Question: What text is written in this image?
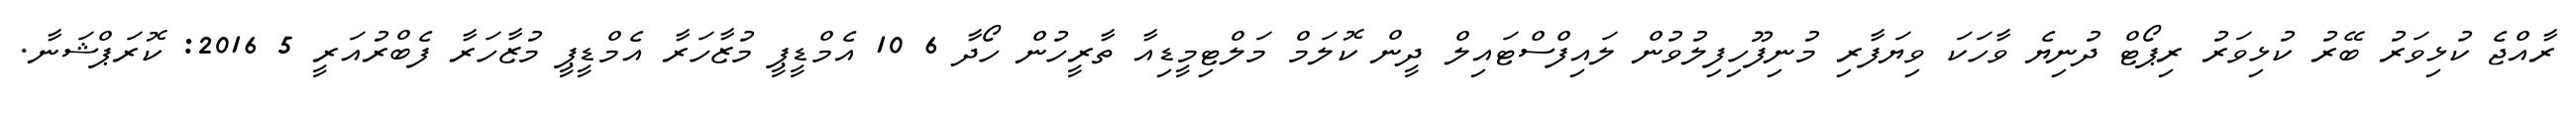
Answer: ރާއްޖެ ކުޅިވަރު ބޭރު ކުޅިވަރު ރިޕޯޓް ދުނިޔެ ވާހަކަ ވިޔަފާރި މުނިފޫހިފިލުވުން ލައިފްސްޓައިލް ދީން ކޮލަމް މަލްޓިމީޑިއާ ތާރީހުން ހޯދާ 6 10 އެމްޑީޕީ މުޒާހަރާ އެމްޑީޕީ މުޒާހަރާ ފެބްރުއަރީ 5 2016: ކޮރަޕްޝަނާ.